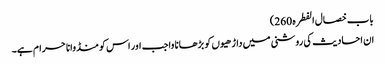
باب خصال الفطرہ 260)
ان احادیث کی روشنی میں داڑھیوں کو بڑھانا واجب اور اس کو منڈوانا حرام ہے۔